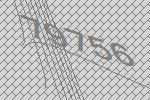
79756